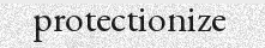
protectionize